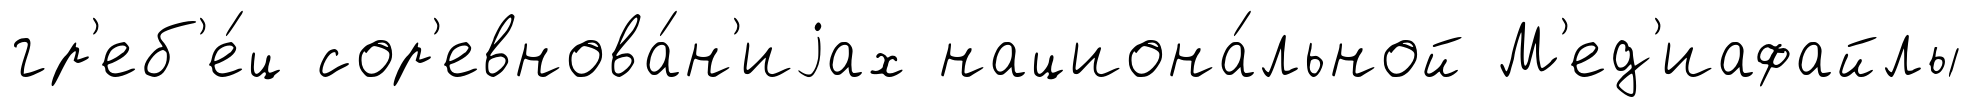
гр'еб'е́ц сор'евнова́н'иjах национа́льной М'ед'иафайлы